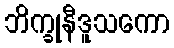
ဘိက္ခုနီဒူသကော